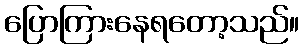
ပြောကြားနေရတော့သည်။